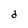
Character: d